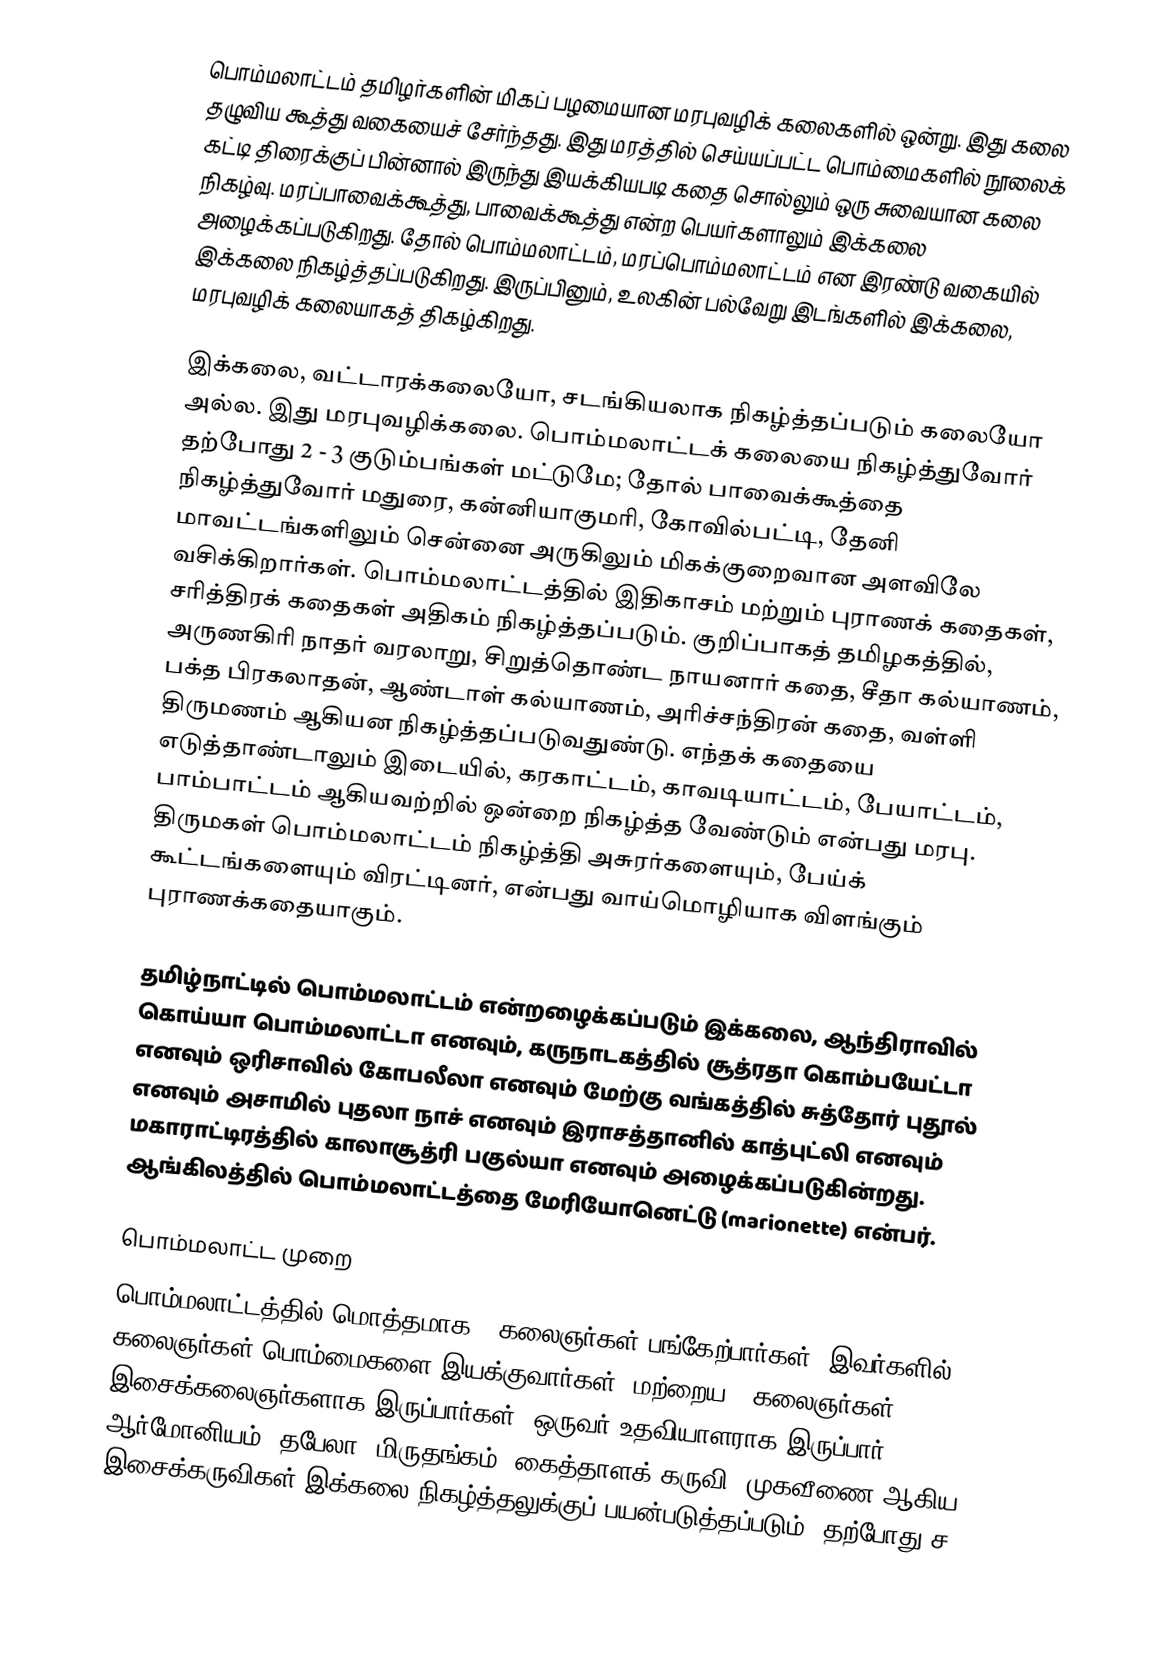
பொம்மலாட்டம் தமிழர்களின் மிகப் பழமையான மரபுவழிக் கலைகளில் ஒன்று.  இது கலை தழுவிய கூத்து வகையைச் சேர்ந்தது. இது மரத்தில் செய்யப்பட்ட பொம்மைகளில் நூலைக் கட்டி திரைக்குப் பின்னால் இருந்து இயக்கியபடி கதை சொல்லும் ஒரு சுவையான கலை நிகழ்வு. மரப்பாவைக்கூத்து, பாவைக்கூத்து என்ற பெயர்களாலும் இக்கலை அழைக்கப்படுகிறது. தோல் பொம்மலாட்டம், மரப்பொம்மலாட்டம் என இரண்டு வகையில் இக்கலை நிகழ்த்தப்படுகிறது. இருப்பினும், உலகின் பல்வேறு இடங்களில் இக்கலை, மரபுவழிக் கலையாகத் திகழ்கிறது.

இக்கலை, வட்டாரக்கலையோ, சடங்கியலாக நிகழ்த்தப்படும் கலையோ அல்ல. இது மரபுவழிக்கலை. பொம்மலாட்டக் கலையை நிகழ்த்துவோர் தற்போது 2 - 3 குடும்பங்கள் மட்டுமே; தோல் பாவைக்கூத்தை நிகழ்த்துவோர் மதுரை, கன்னியாகுமரி, கோவில்பட்டி, தேனி மாவட்டங்களிலும் சென்னை அருகிலும் மிகக்குறைவான அளவிலே வசிக்கிறார்கள். பொம்மலாட்டத்தில் இதிகாசம் மற்றும் புராணக் கதைகள், சரித்திரக் கதைகள் அதிகம் நிகழ்த்தப்படும். குறிப்பாகத் தமிழகத்தில், அருணகிரி நாதர் வரலாறு, சிறுத்தொண்ட நாயனார் கதை, சீதா கல்யாணம், பக்த பிரகலாதன், ஆண்டாள் கல்யாணம், அரிச்சந்திரன் கதை, வள்ளி திருமணம் ஆகியன நிகழ்த்தப்படுவதுண்டு. எந்தக் கதையை எடுத்தாண்டாலும் இடையில், கரகாட்டம், காவடியாட்டம், பேயாட்டம், பாம்பாட்டம் ஆகியவற்றில் ஒன்றை நிகழ்த்த வேண்டும் என்பது மரபு. திருமகள் பொம்மலாட்டம் நிகழ்த்தி அசுரர்களையும், பேய்க் கூட்டங்களையும் விரட்டினர், என்பது வாய்மொழியாக விளங்கும் புராணக்கதையாகும்.

தமிழ்நாட்டில் பொம்மலாட்டம் என்றழைக்கப்படும் இக்கலை, ஆந்திராவில் கொய்யா பொம்மலாட்டா எனவும், கருநாடகத்தில் சூத்ரதா கொம்பயேட்டா எனவும் ஒரிசாவில் கோபலீலா எனவும் மேற்கு வங்கத்தில் சுத்தோர் புதூல் எனவும் அசாமில் புதலா நாச் எனவும் இராசத்தானில் காத்புட்லி எனவும் மகாராட்டிரத்தில் காலாசூத்ரி பகுல்யா எனவும் அழைக்கப்படுகின்றது. ஆங்கிலத்தில் பொம்மலாட்டத்தை மேரியோனெட்டு (marionette) என்பர்.

பொம்மலாட்ட முறை
பொம்மலாட்டத்தில் மொத்தமாக 9 கலைஞர்கள் பங்கேற்பார்கள். இவர்களில் 4 கலைஞர்கள் பொம்மைகளை இயக்குவார்கள். மற்றைய 4 கலைஞர்கள் இசைக்கலைஞர்களாக இருப்பார்கள். ஒருவர் உதவியாளராக இருப்பார். ஆர்மோனியம், தபேலா, மிருதங்கம், கைத்தாளக் கருவி, முகவீணை ஆகிய இசைக்கருவிகள் இக்கலை நிகழ்த்தலுக்குப் பயன்படுத்தப்படும். தற்போது ச